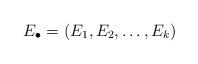
LaTeX: \begin{align*}E_{\bullet}=(E_1, E_2, \ldots, E_k)\end{align*}